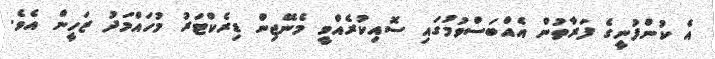
އެ ކުންފުނީގެ ފަރާތުން އެއްބަސްވުމުގައި ސޮއިކުރެއްވީ މެނޭޖިން ޑިރެކްޓަރު މުހައްމަދު ޒަހީން އެވެ.